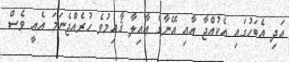
އަދި އެބަހުގައި އެކުއްޖާ އާއި އޭނާގެ ޢާއިލާ ޤާއިމުވެ ހުރެއްޖެނަމަ އެއީ ވެސް